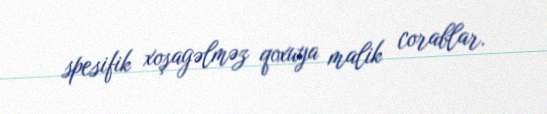
spesifik xoşagəlməz qoxuya malik corablar.